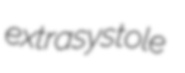
extrasystole